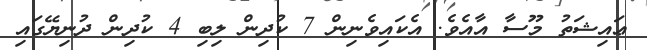
ޢައިޝަތު މޫސާ އާއެވެ. އެކައިވެނިން 7 ކުދިން ލިބި 4 ކުދިން ދުނިޔޭގައި